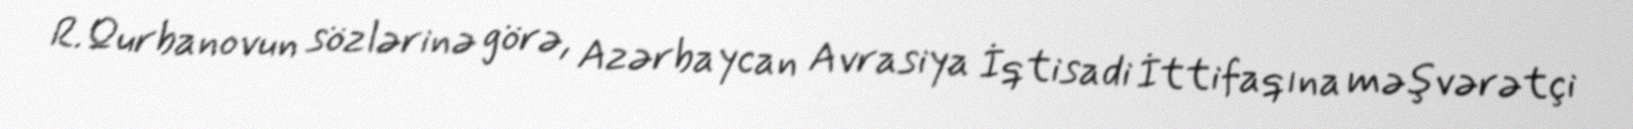
R.Qurbanovun sözlərinə görə, Azərbaycan Avrasiya İqtisadi İttifaqına məşvərətçi